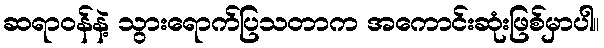
ဆရာဝန်နဲ့ သွားရောက်ပြသတာက အကောင်းဆုံးဖြစ်မှာပါ။